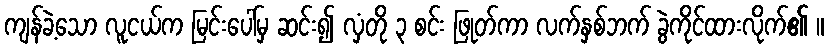
ကျန်ခဲ့သော လူငယ်က မြင်းပေါ်မှ ဆင်း၍ လှံတို ၃ စင်း ဖြုတ်ကာ လက်နှစ်ဘက် ခွဲကိုင်ထားလိုက်၏ ။